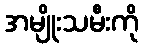
အမျိုးသမီးကို